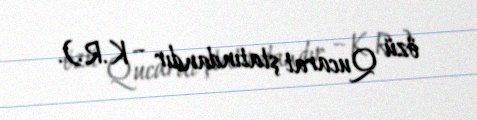
özü Qucarat ştatındandır – K.R.).